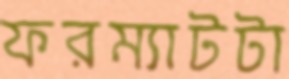
ফরম্যাটটা